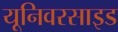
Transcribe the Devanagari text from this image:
यूनिवरसाइड